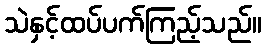
သဲနှင့်ထပ်ပက်ကြည့်သည်။